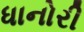
ધાનોરી